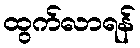
ထွက်လာရန်